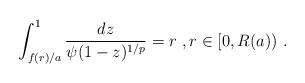
LaTeX: \begin{align*}\int_{f(r)/a}^1 \frac{dz}{\psi(1-z)^{1/p}} = r \ , r\in [0,R(a))\ . \end{align*}